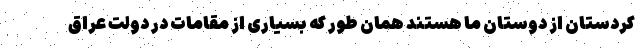
کردستان از دوستان ما هستند همان طور که بسیاری از مقامات در دولت عراق